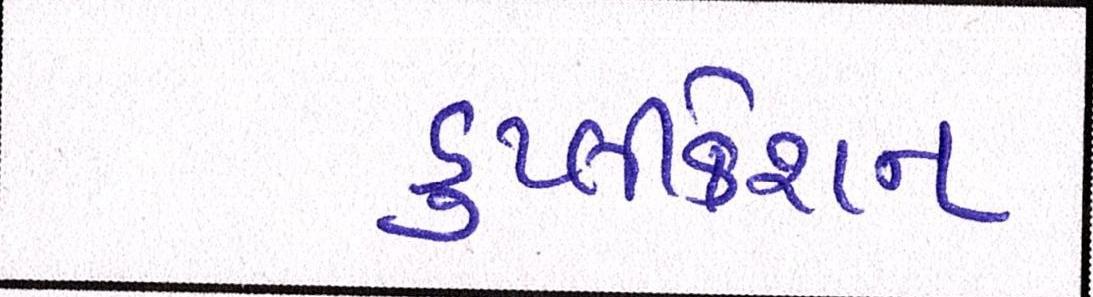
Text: ડુપ્લીકેશન